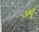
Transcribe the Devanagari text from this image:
अर्पु